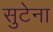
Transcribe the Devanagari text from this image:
सुटेना